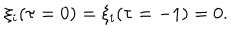
LaTeX: \xi _ { i } ( \tau = 0 ) = \xi _ { i } ( \tau = - 1 ) = 0 .